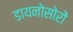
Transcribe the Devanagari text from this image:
डायनोसोरों